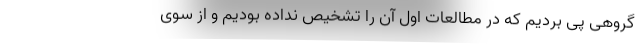
گروهی پی بردیم که در مطالعات اول آن را تشخیص نداده بودیم و از سوی